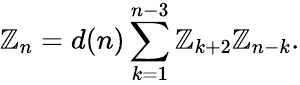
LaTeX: {\cal\mathbb{Z}}_{n}=d(n)\sum_{k=1}^{n-3}{\cal\mathbb{Z}}_{k+2}{\cal\mathbb{Z}}_{n-k}.